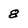
Character: 8